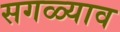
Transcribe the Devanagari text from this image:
सगळ्याव